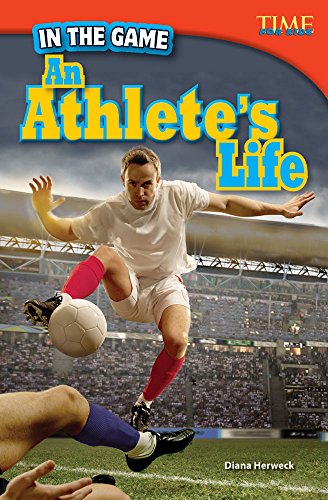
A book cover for In the Game: An Athlete's Life (Time for Kids Nonfiction Readers); Diana Herweck; Children's Books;